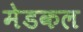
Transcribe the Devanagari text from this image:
मेडकल